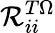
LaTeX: \mathcal{R}_{ii}^{T\Omega}